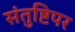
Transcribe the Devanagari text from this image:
संतुष्टिपर